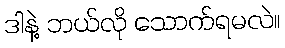
ဒါနဲ့ ဘယ်လို သောက်ရမလဲ။